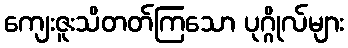
ကျေးဇူးသိတတ်ကြသော ပုဂ္ဂိုလ်များ